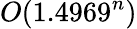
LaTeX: O(1.4969^{n})